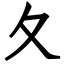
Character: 夂